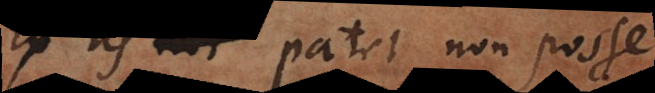
Ex his patet non posse